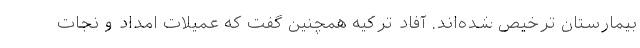
بیمارستان ترخیص شده‌اند. آفاد ترکیه همچنین گفت که عمیلات امداد و نجات